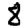
Digit: 8